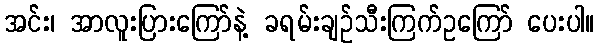
အင်း၊ အာလူးပြားကြော်နဲ့ ခရမ်းချဉ်သီးကြက်ဥကြော် ပေးပါ။